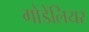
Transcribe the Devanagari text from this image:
गोडेलियर